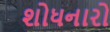
શોધનારો